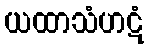
ယထာသံဟဋံ